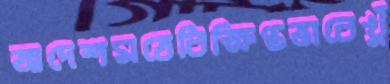
আদেশমতেবিক্ষিপ্তভাবেখুঁ